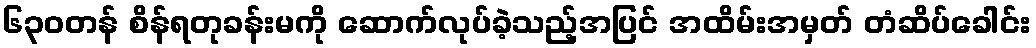
၆၃၀တန် စိန်ရတုခန်းမကို ဆောက်လုပ်ခဲ့သည့်အပြင် အထိမ်းအမှတ် တံဆိပ်ခေါင်း